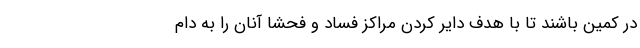
در کمین باشند تا با هدف دایر کردن مراکز فساد و فحشا آنان را به دام